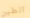
الطين